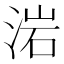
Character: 𣷰